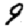
Digit: 9